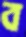
ব